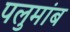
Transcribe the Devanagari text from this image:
पलुमांब